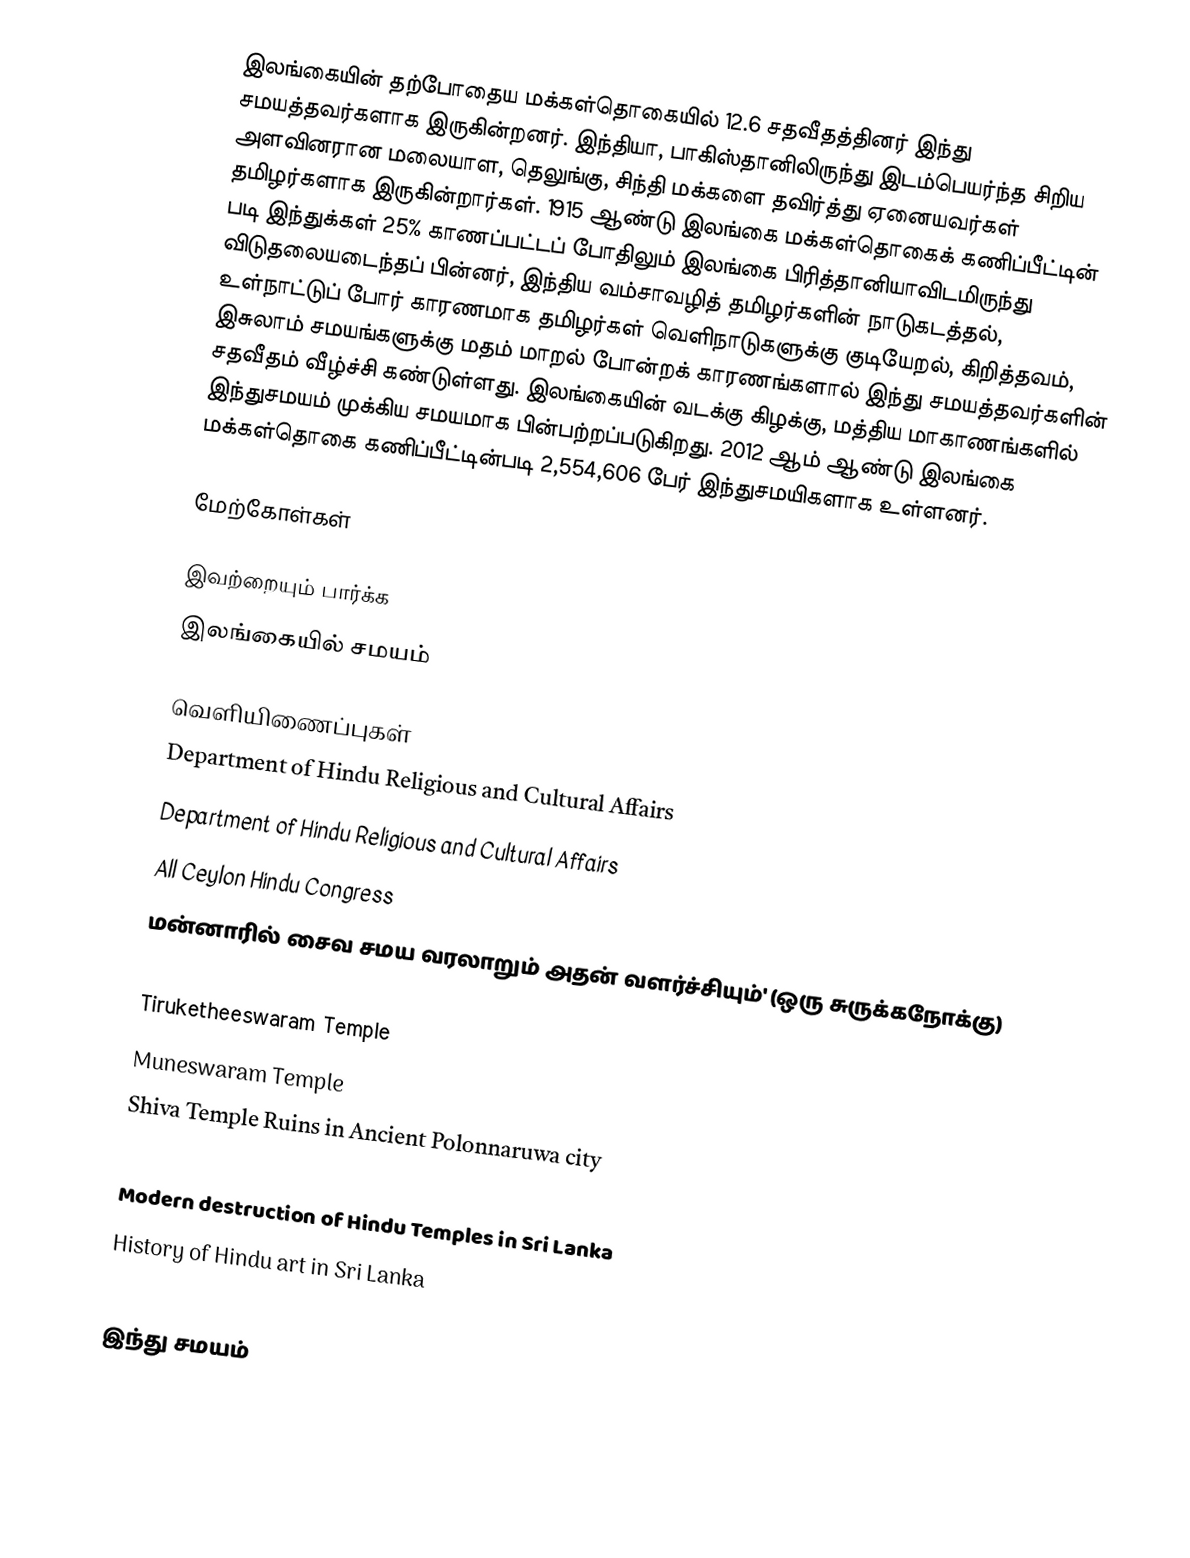
இலங்கையின் தற்போதைய மக்கள்தொகையில் 12.6 சதவீதத்தினர் இந்து சமயத்தவர்களாக இருகின்றனர். இந்தியா, பாகிஸ்தானிலிருந்து இடம்பெயர்ந்த சிறிய அளவினரான மலையாள, தெலுங்கு, சிந்தி மக்களை தவிர்த்து ஏனையவர்கள் தமிழர்களாக இருகின்றார்கள். 1915 ஆண்டு இலங்கை மக்கள்தொகைக் கணிப்பீட்டின் படி இந்துக்கள் 25% காணப்பட்டப் போதிலும் இலங்கை பிரித்தானியாவிடமிருந்து விடுதலையடைந்தப் பின்னர், இந்திய வம்சாவழித் தமிழர்களின் நாடுகடத்தல், உள்நாட்டுப் போர் காரணமாக தமிழர்கள் வெளிநாடுகளுக்கு குடியேறல், கிறித்தவம், இசுலாம் சமயங்களுக்கு மதம் மாறல் போன்றக் காரணங்களால் இந்து சமயத்தவர்களின் சதவீதம் வீழ்ச்சி கண்டுள்ளது. இலங்கையின் வடக்கு கிழக்கு, மத்திய மாகாணங்களில் இந்துசமயம் முக்கிய சமயமாக பின்பற்றப்படுகிறது. 2012 ஆம் ஆண்டு இலங்கை மக்கள்தொகை கணிப்பீட்டின்படி 2,554,606 பேர் இந்துசமயிகளாக உள்ளனர்.

மேற்கோள்கள்

இவற்றையும் பார்க்க
இலங்கையில் சமயம்

வெளியிணைப்புகள்
Department of Hindu Religious and Cultural Affairs
Department of Hindu Religious and Cultural Affairs
All Ceylon Hindu Congress
மன்னாரில் சைவ சமய வரலாறும் அதன் வளர்ச்சியும்' (ஒரு சுருக்கநோக்கு)
Damage caused to Hindu Kovils (Temples) in the North-East of the Island of Sri Lanka
 Tiruketheeswaram Temple
Muneswaram Temple
Shiva Temple Ruins in Ancient Polonnaruwa city
Hindu Traditions of the Indigenous Vedda people
Modern destruction of Hindu Temples in Sri Lanka
History of Hindu art in Sri Lanka

இந்து சமயம்